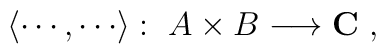
\langle\cdots,\cdots\rangle:~A\times B\longrightarrow {\bf C}~,